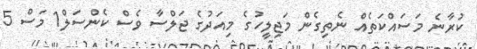
ކުރާނެ މަސައްކަތެއް ނެތިގެން މަޖިލީހުގެ މިއަދުގެ ޖަލްސާ ވެސް ކެންސަލް1 މަސް 5